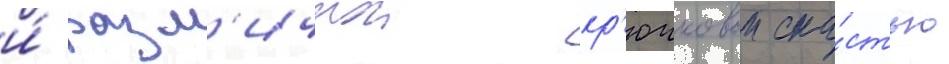
и́ разл'ичнои кр'ючковои сна́стью